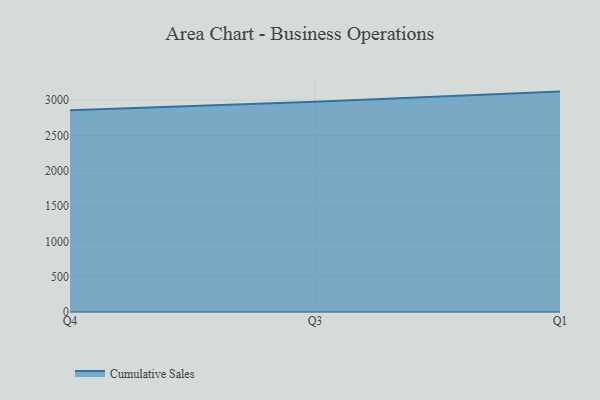
{"axis": {"x": "Quarter", "y": "Backlog"}, "legend": ["Cumulative Sales"], "data": [{"x": "Q4", "y": 2857.5, "type": "Cumulative Sales"}, {"x": "Q3", "y": 2977.5, "type": "Cumulative Sales"}, {"x": "Q1", "y": 3121.3, "type": "Cumulative Sales"}]}